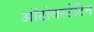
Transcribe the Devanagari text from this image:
ऑटोवस्टेटिन